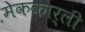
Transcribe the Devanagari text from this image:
मेककार्ली